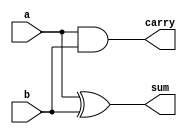
module half_adder_struct(a,b,sum,carry);
input a,b;
output sum,carry;
xor g1(sum,a,b);
and g2(carry,a,b);

endmodule